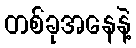
တစ်ခုအနေနဲ့